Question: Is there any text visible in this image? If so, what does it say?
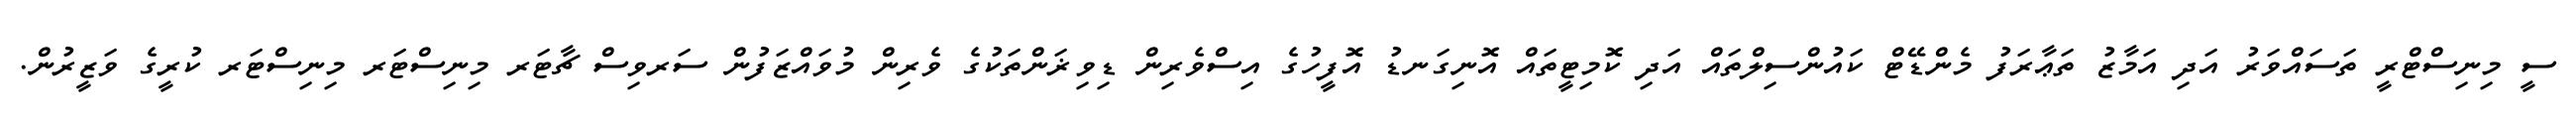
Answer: ސީ މިނިސްޓްރީ ތަސައްވަރު އަދި އަމާޒު ތަޢާރަފު މެންޑޭޓް ކައުންސިލްތައް އަދި ކޮމިޓީތައް އޮނިގަނޑު އޮފީހުގެ އިސްވެރިން ޑިވިޜަންތަކުގެ ވެރިން މުވައްޒަފުން ސަރވިސް ޗާޓަރ މިނިސްޓަރ މިނިސްޓަރ ކުރީގެ ވަޒީރުން.